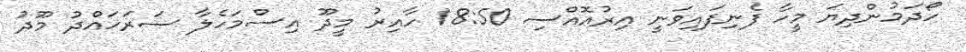
ހޯދަމުންދިޔަ މީހާ ފެނިފައިވަނީ އިރުއޮއްސި 18:50 ހާއިރު މީދޫ އިސްމަހެލާ ސަރަހައްދު މޫދު